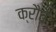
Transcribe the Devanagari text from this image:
क्रौवे